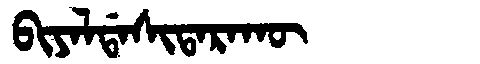
Manchu: ᠪᡳᠶᠠᠯᡩᠠᠰᡳᡨᠠᡵᠠᡴᡡ
Romanization: BIYALDASITARAKŪ